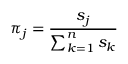
\pi _ { j } = \frac { s _ { j } } { \sum _ { k = 1 } ^ { n } s _ { k } }